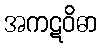
အကဋဝိဓာ